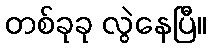
တစ်ခုခု လွဲနေပြီ။